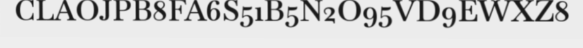
CLAOJPB8FA6S51B5N2O95VD9EWXZ8